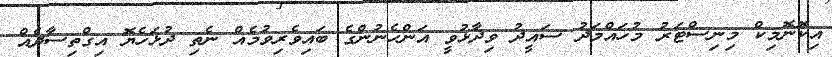
އިކޮނޮމިކް މިނިސްޓަރު މުހައްމަދު ސައީދު ވިދާޅުވީ އަންހެނުންގެ ބައިވެރިވުމެއް ނެތި ދުޅަހެޔޮ އިގްތިސާދެއް